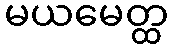
မယမေတ္ထ